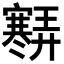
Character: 𡫶